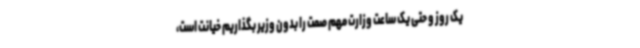
یک روز و حتی یک ساعت وزارت مهم صمت را بدون وزیر بگذاریم خیانت است،